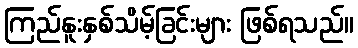
ကြည်နူးနှစ်သိမ့်ခြင်းများ ဖြစ်ရသည်။